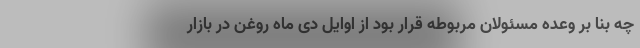
چه بنا بر وعده مسئولان مربوطه قرار بود از اوایل دی ماه روغن در بازار